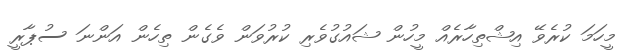
މީހަމަ ކުރެވޭ އިޝްތިހާރެއް މީހުން ޝައުގުވެރި ކުރުވަން ވެގެން ތިހެން އަންނަ ސުޕާރީ